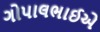
ગોપાલભાઈએ